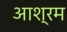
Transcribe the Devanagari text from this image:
अाश्रम